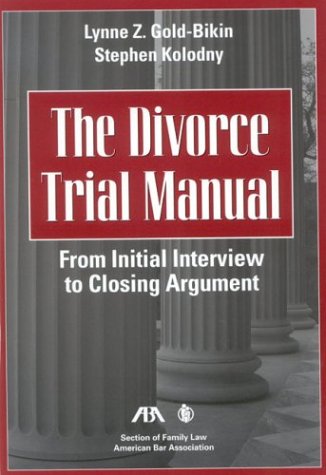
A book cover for The Divorce Trial Manual: From Initial Interview to Closing Argument; Lynne Z. Gold-Bikin; Law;